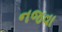
નજવા